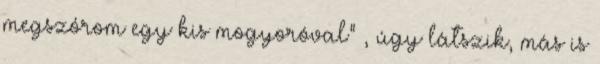
megszórom egy kis mogyoróval” , úgy látszik, más is